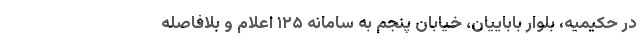
در حکیمیه، بلوار باباییان، خیابان پنجم به سامانه ۱۲۵ اعلام و بلافاصله